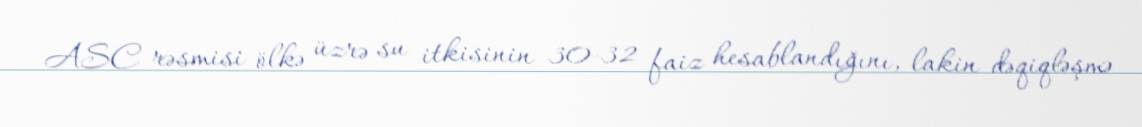
ASC rəsmisi ölkə üzrə su itkisinin 30-32 faiz hesablandığını, lakin dəqiqləşmə